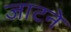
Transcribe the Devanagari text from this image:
जाटने